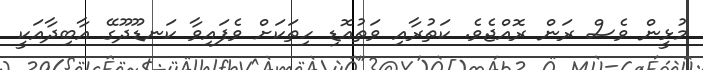
މުޅީން ވެސް ރަން ރޮއްޖެވެ. ކަތުރާއި ވަތުއޮޑި ހިތަކަށް ވެފައިވާ ކަނޑޫދޫގޭ އާބިދާއަކީ